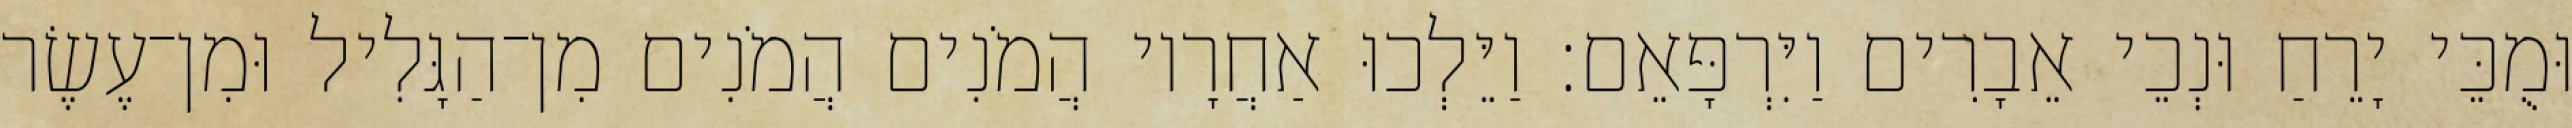
וּמֻכֵּי יָרֵחַ וּנְכֵי אֵבָרִים וַיִּרְפָּאֵם׃ וַיֵּלְכוּ אַחֲרָיו הֲמֹנִים הֲמֹנִים מִן־הַגָּלִיל וּמִן־עֶשֶׂר